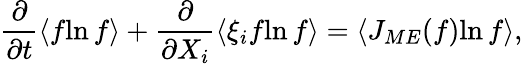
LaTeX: \frac{\partial}{\partial t}\langle f{\ln f}\rangle+\frac{\partial}{\partial X_{i}}\langle\xi_{i}f{\ln f}\rangle=\langle J_{ME}(f){\ln f}\rangle,